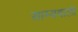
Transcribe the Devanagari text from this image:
साम्यवाली